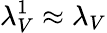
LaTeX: \lambda_{V}^{1}\approx\lambda_{V}